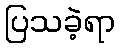
ပြသခဲ့ရာ